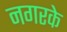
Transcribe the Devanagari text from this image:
नगरके